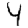
Digit: 4